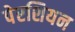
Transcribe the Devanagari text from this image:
पेरशियन